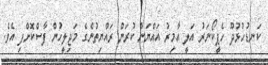
ކަނޑުހުޅުދޫ ހެޕީކޯނަރު އަލީ އާމިރު އައްޔަން ކުރަން ރައްޔިތުންގެ މަޖިލީހުން ފާސްކޮށްފި އެވެ.